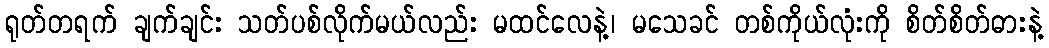
ရုတ်တရက် ချက်ချင်း သတ်ပစ်လိုက်မယ်လည်း မထင်လေနဲ့၊ မသေခင် တစ်ကိုယ်လုံးကို စိတ်စိတ်ဓားနဲ့